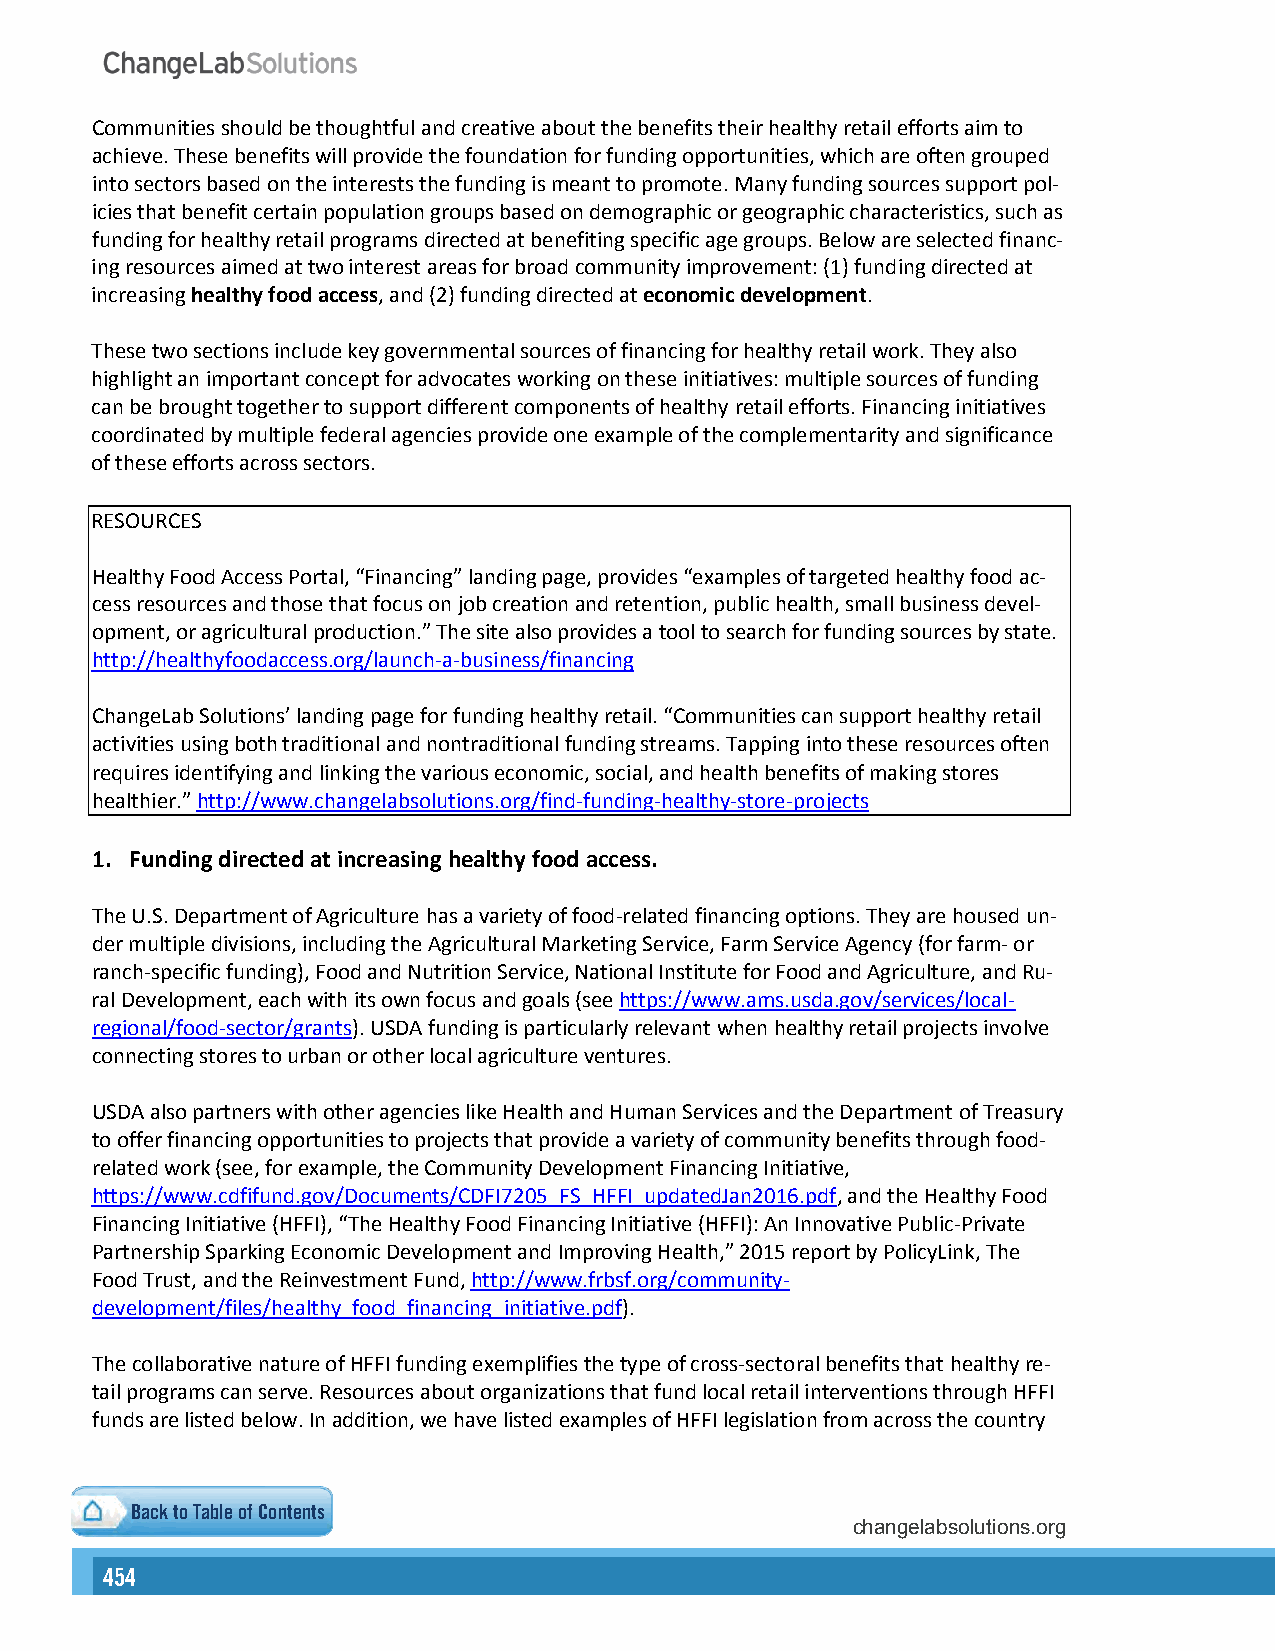
Communities should be thoughtful and creative about the benefits their healthy retail efforts aim to
 achieve. These benefits will provide the foundation for funding opportunities, which are often grouped
 into sectors based on the interests the funding is meant to promote. Many funding sources support pol-
 icies that benefit certain population groups based on demographic or geographic characteristics, such as
 funding for healthy retail programs directed at benefiting specific age groups. Below are selected financ-
 ing resources aimed at two interest areas for broad community improvement: (1) funding directed at
 increasing healthy food access, and (2) funding directed at economic development.
 These two sections include key governmental sources of financing for healthy retail work. They also
 highlight an important concept for advocates working on these initiatives: multiple sources of funding
 can be brought together to support different components of healthy retail efforts. Financing initiatives
 coordinated by multiple federal agencies provide one example of the complementarity and significance
 of these efforts across sectors.
 RESOURCES
 Healthy Food Access Portal, “Financing” landing page, provides “examples of targeted healthy food ac-
 cess resources and those that focus on job creation and retention, public health, small business devel-
 opment, or agricultural production.” The site also provides a tool to search for funding sources by state.
 http://healthyfoodaccess.org/launch-a-business/financing
 ChangeLab Solutions’ landing page for funding healthy retail. “Communities can support healthy retail
 activities using both traditional and nontraditional funding streams. Tapping into these resources often
 requires identifying and linking the various economic, social, and health benefits of making stores
 healthier.” http://www.changelabsolutions.org/find-funding-healthy-store-projects
 1. Funding directed at increasing healthy food access.
 The U.S. Department of Agriculture has a variety of food-related financing options. They are housed un-
 der multiple divisions, including the Agricultural Marketing Service, Farm Service Agency (for farm- or
 ranch-specific funding), Food and Nutrition Service, National Institute for Food and Agriculture, and Ru-
 ral Development, each with its own focus and goals (see https://www.ams.usda.gov/services/local-
 regional/food-sector/grants). USDA funding is particularly relevant when healthy retail projects involve
 connecting stores to urban or other local agriculture ventures.
 USDA also partners with other agencies like Health and Human Services and the Department of Treasury
 to offer financing opportunities to projects that provide a variety of community benefits through food-
 related work (see, for example, the Community Development Financing Initiative,
 https://www.cdfifund.gov/Documents/CDFI7205_FS_HFFI_updatedJan2016.pdf, and the Healthy Food
 Financing Initiative (HFFI), “The Healthy Food Financing Initiative (HFFI): An Innovative Public-Private
 Partnership Sparking Economic Development and Improving Health,” 2015 report by PolicyLink, The
 Food Trust, and the Reinvestment Fund, http://www.frbsf.org/community-
 development/files/healthy_food_financing_initiative.pdf).
 The collaborative nature of HFFI funding exemplifies the type of cross-sectoral benefits that healthy re-
 tail programs can serve. Resources about organizations that fund local retail interventions through HFFI
 funds are listed below. In addition, we have listed examples of HFFI legislation from across the country
 Back to Table of Contents
 changelabsolutions.org
 454                                                                                                                                                      455